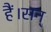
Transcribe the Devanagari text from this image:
हैं।सन्